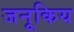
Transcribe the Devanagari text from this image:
जनूकिय